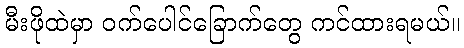
မီးဖိုထဲမှာ ဝက်ပေါင်ခြောက်တွေ ကင်ထားရမယ်။